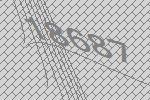
18687